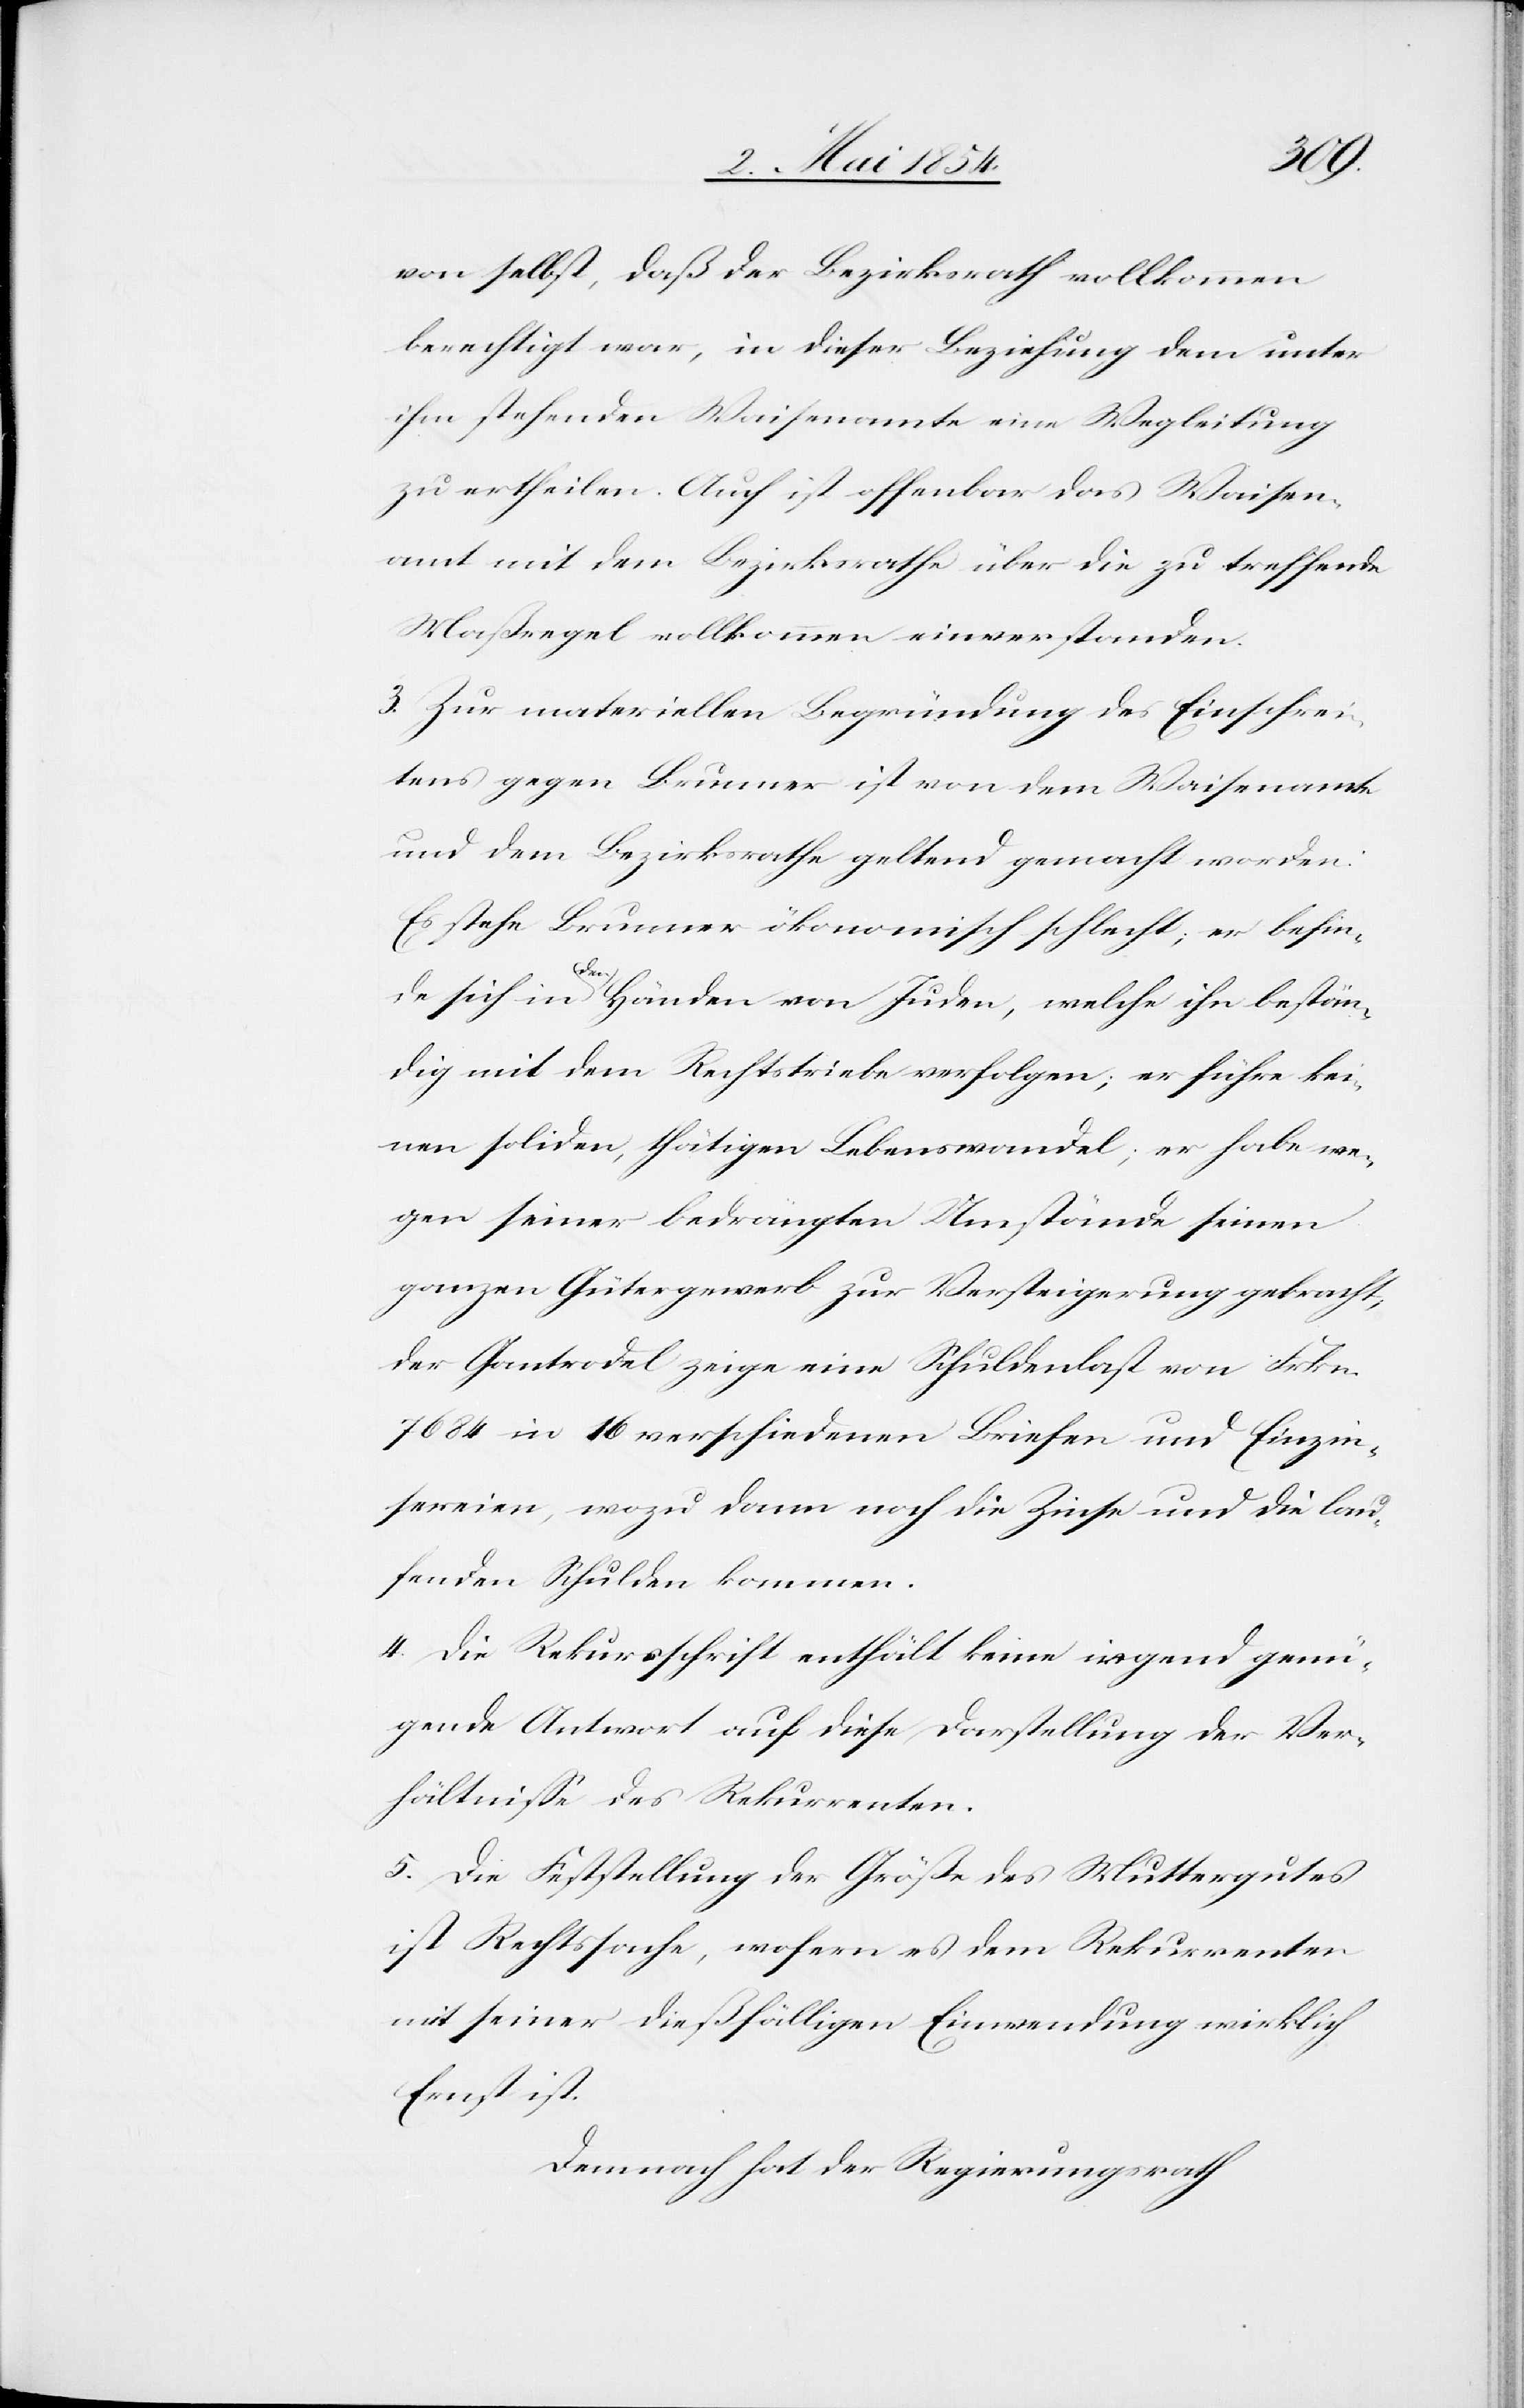
von selbst, daß der Bezirksrath vollkommen
berechtigt war, in dieser Beziehung dem unter
ihm stehenden Waisenamte eine Wegleitung
zu ertheilen. Auch ist offenbar das Waisen¬
amt mit dem Bezirksrathe über die zu treffende
Maßregel vollkommen einverstanden.
3. Zur materiellen Begründung des Einschrei¬
tens gegen Brunner ist von dem Waisenamte
und dem Bezirksrathe geltend gemacht worden:
Es stehe Brunner ökonomisch schlecht; er befin¬
de sich in a-den-a Händen von Juden, welche ihn bestän¬
dig mit dem Rechtstriebe verfolgen; er führe kei¬
nen soliden, thätigen Lebenswandel; er habe we¬
gen seiner bedrängten Umstände seinen
ganzen Gütergewerb zur Versteigerung gebracht,
der Gantrodel zeige eine Schuldenlast von Frkn.
7684 in 16 verschiedenen Briefen und Einzin¬
sereien, wozu dann noch die Zinse und die lau¬
fenden Schulden kommen.
4. Die Rekursschrift enthält keine irgend genü¬
gende Antwort auf diese Darstellung der Ver¬
hältniße des Rekurrenten.
5. Die Feststellung der Größe des Muttergutes
ist Rechtssache, wofern es dem Rekurrenten
mit seiner dießfälligen Einwendung wirklich
Ernst ist.
Demnach hat der Regierungsrath